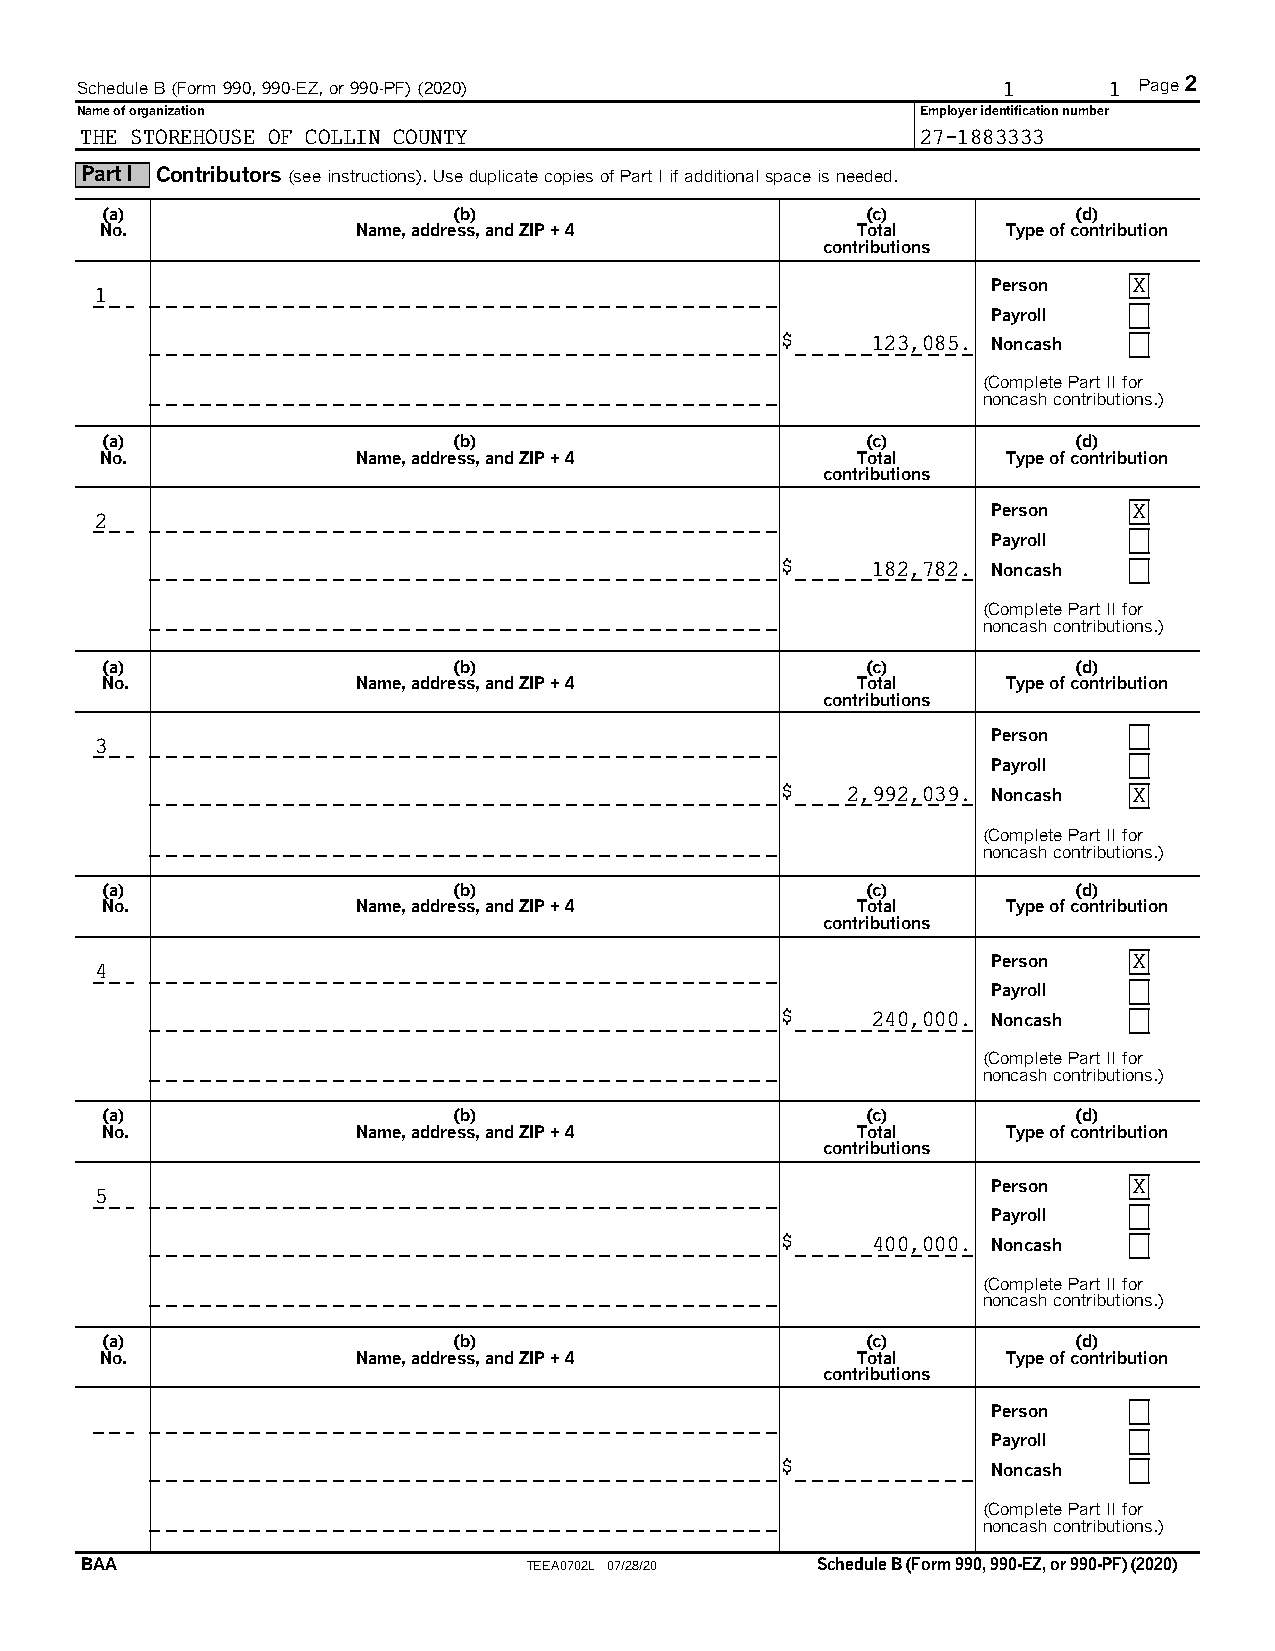
Schedule B (Form 990, 990-EZ, or 990-PF) (2020)              1      1 Page 2
 Name of organization                                    Employer identification number
 THE STOREHOUSE OF COLLIN COUNTY                         27-1883333
 Part I Contributors(see instructions). Use duplicate copies of Part I if additional space is needed.
 (a)                    (b)                        (c)           (d)
 No.              Name, address, and ZIP + 4       Total     Type of contribution
 contributions
 Person   X
 1
 Payroll
 $     123,085. Noncash
 (Complete Part II for
 noncash contributions.)
 (a)                    (b)                        (c)           (d)
 No.              Name, address, and ZIP + 4       Total     Type of contribution
 contributions
 Person   X
 2
 Payroll
 $     182,782. Noncash
 (Complete Part II for
 noncash contributions.)
 (a)                    (b)                        (c)           (d)
 No.              Name, address, and ZIP + 4       Total     Type of contribution
 contributions
 Person
 3
 Payroll
 $   2,992,039. Noncash X
 (Complete Part II for
 noncash contributions.)
 (a)                    (b)                        (c)           (d)
 No.              Name, address, and ZIP + 4       Total     Type of contribution
 contributions
 Person   X
 4
 Payroll
 $     240,000. Noncash
 (Complete Part II for
 noncash contributions.)
 (a)                    (b)                        (c)           (d)
 No.              Name, address, and ZIP + 4       Total     Type of contribution
 contributions
 Person   X
 5
 Payroll
 $     400,000. Noncash
 (Complete Part II for
 noncash contributions.)
 (a)                    (b)                        (c)           (d)
 No.              Name, address, and ZIP + 4       Total     Type of contribution
 contributions
 Person
 Payroll
 $             Noncash
 (Complete Part II for
 noncash contributions.)
 BAA                           TEEA0702L 07/28/20 Schedule B (Form 990, 990-EZ, or 990-PF) (2020)